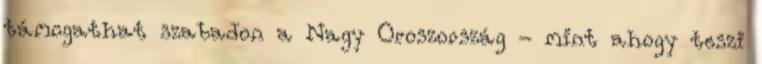
támogathat szabadon a Nagy Oroszország - mint ahogy teszi